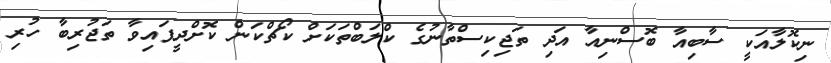
ނިކޮލާއަކީ ސާބިއާ ބޮސްނިއާ އަދި ތަޖިކިސްތާނުގެ ކްލަބްތަކަށް ކޯޗްކަން ކޮށްދީފައިވާ ތަޖުރިބާ ހުރި